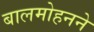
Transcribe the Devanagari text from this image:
बालमोहनने